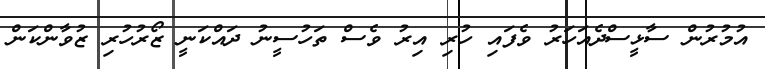
އުމުރުން ސާޅީސްދެއަހަރު ވެފައި ހުރި އިރު ވެސް ތަހުސީނު ދައްކަނީ ޒޯރުހުރި ޒުވާންކަން